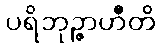
ပရိဘုဉ္ဇာဟီတိ